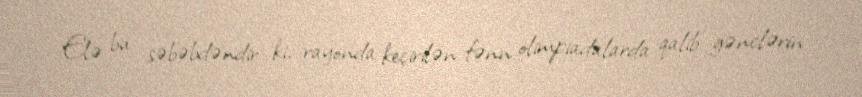
Elə bu səbəbdəndir ki, rayonda keçirilən fənn olimpiadalarda qalib gənclərin